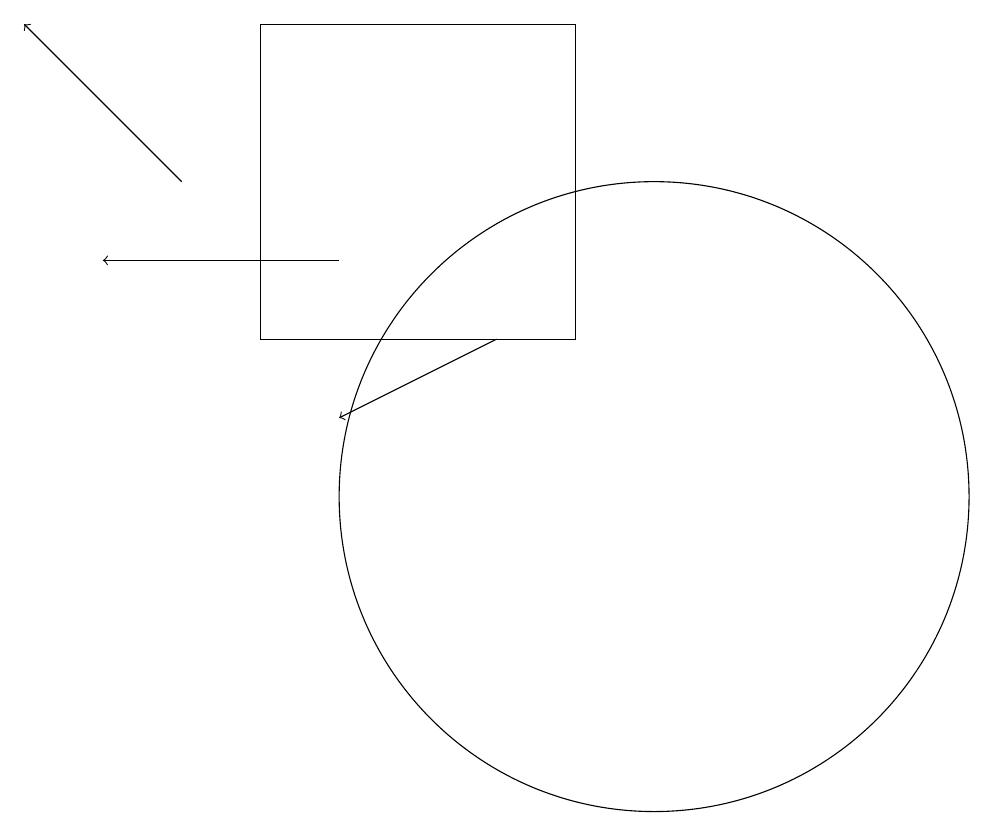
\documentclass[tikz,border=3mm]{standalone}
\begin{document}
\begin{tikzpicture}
\draw[->] (8,14) -- (6,13);
\draw[->] (6,15) -- (3,15);
\draw (10,12) circle (4);
\draw (5,14) rectangle (9,18);
\draw[->] (4,16) -- (2,18);
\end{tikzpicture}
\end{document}